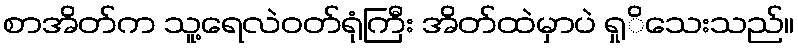
စာအိတ်က သူ့ရေလဲဝတ်ရုံကြီး အိတ်ထဲမှာပဲ ရှုိသေးသည်။